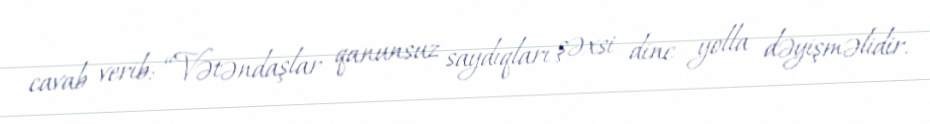
cavab verib: “Vətəndaşlar qanunsuz saydıqları şəxsi dinc yolla dəyişməlidir.